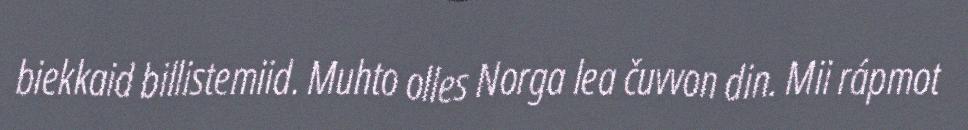
biekkaid billistemiid. Muhto olles Norga lea čuvvon din. Mii rápmot